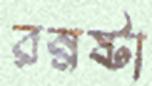
রম্নষ্টা